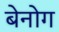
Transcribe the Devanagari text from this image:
बेनोग